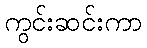
ကွင်းဆင်းကာ